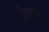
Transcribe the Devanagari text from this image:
ट्रेथन